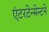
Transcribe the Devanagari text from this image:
एंटरटेन्मेन्टने